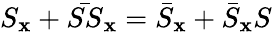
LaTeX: S_{\mathbf{x}}+\bar{{SS}}_{\mathbf{x}}=\bar{{S}}_{\mathbf{x}}+\bar{{S}}_{\mathbf{x}}S